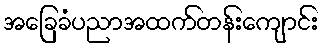
အခြေခံပညာအထက်တန်းကျောင်း